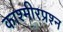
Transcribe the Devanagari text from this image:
काश्‍मीरप्रश्‍न